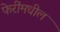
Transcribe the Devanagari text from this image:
फेरींमधील